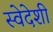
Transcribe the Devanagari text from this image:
स्वेदेशी